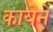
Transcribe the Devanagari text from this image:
कायेने